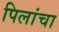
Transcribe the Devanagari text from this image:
पिलांचा